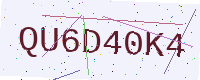
Text: QU6D40K4